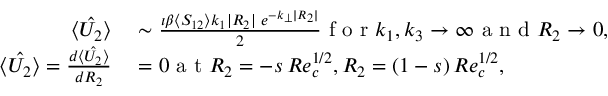
\begin{array} { r l } { \hat { \langle U _ { 2 } \rangle } } & { { } \sim \frac { \iota \beta \langle S _ { 1 2 } \rangle k _ { 1 } | R _ { 2 } | \, \, e ^ { - k _ { \perp } | R _ { 2 } | } } { 2 } \mathrm { ~ f ~ o ~ r ~ } k _ { 1 } , k _ { 3 } \to \infty \mathrm { ~ a ~ n ~ d ~ } R _ { 2 } \rightarrow 0 , } \\ { \hat { \langle U _ { 2 } \rangle } = \frac { d \hat { \langle U _ { 2 } \rangle } } { d R _ { 2 } } } & { { } = 0 \mathrm { ~ a ~ t ~ } R _ { 2 } = - s \, R e _ { c } ^ { 1 / 2 } , R _ { 2 } = ( 1 - s ) \, R e _ { c } ^ { 1 / 2 } , } \end{array}